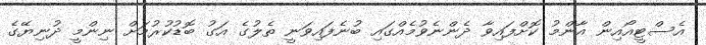
އެސްޓީއޯއިން އާންމު ކޮށްފައިވާ ދެންނެވުމެއްގައި ބުނެފައިވަނީ ތެލުގެ އަގު ބޮޑުކުރުމަށް ނިންމީ ދުނިޔޭގެ